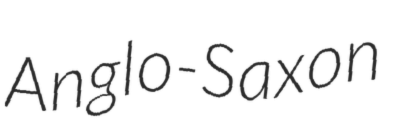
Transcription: Anglo-Saxon